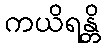
ကယိရန္တိ